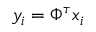
y _ { i } = \Phi ^ { \tau } x _ { i }